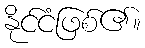
နိုင်ငံဖြစ်၏။